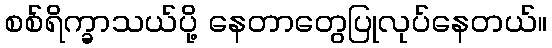
စစ်ရိက္ခာသယ်ပို့ နေတာတွေပြုလုပ်နေတယ်။